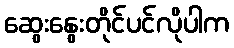
ဆွေးနွေးတိုင်ပင်လိုပါက